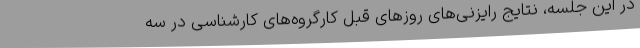
در این جلسه، نتایج رایزنی‌های روزهای قبل کارگروه‌های کارشناسی در سه